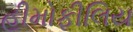
હીમોફીલિય